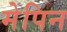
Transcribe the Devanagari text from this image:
मेपिन